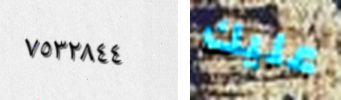
٧٥٣٢٨٤٤ عليك